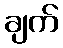
ချက်